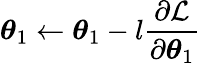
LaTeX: \boldsymbol{\theta}_{1}\gets\boldsymbol{\theta}_{1}-l\frac{\partial\mathcal{L}}{\partial\boldsymbol{\theta}_{1}}